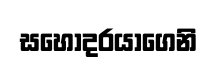
සහෝදරයාගෙනි